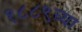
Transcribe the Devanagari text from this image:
१८८९च्या